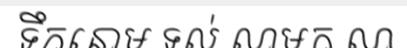
ទឹកនោម ទល់ លាមក លា